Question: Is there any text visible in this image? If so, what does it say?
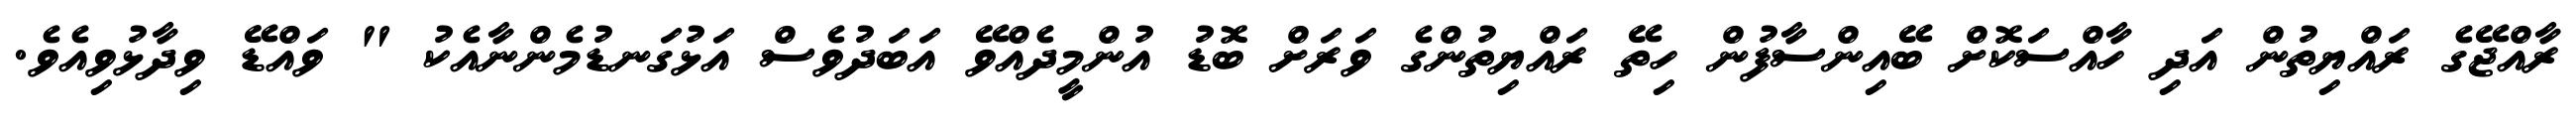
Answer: ރާއްޖޭގެ ރައްޔިތުން އަދި ހާއްސަކޮށް ބޭއިންސާފުން ހިތޭ ރައްޔިތުންގެ ވަރަށް ބޮޑު އުންމީދެއްވޭ އަބަދުވެސް އަޅުގަނޑުމެންނާއެކު " ވައްޑޭ ވިދާޅުވިއެވެ.